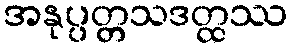
အနုပ္ပတ္တသဒတ္ထဿ